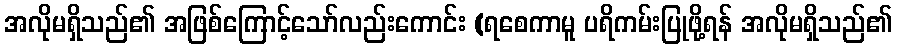
အလိုမရှိသည်၏ အဖြစ်ကြောင့်သော်လည်းကောင်း (ရစေကာမူ ပရိကမ်းပြုဖို့ရန် အလိုမရှိသည်၏